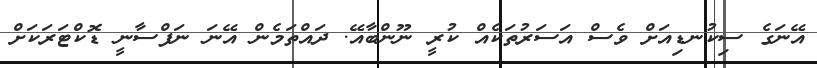
އޭނަގެ ސިކުނޑިއަށް ވެސް އަސަރުތަކެއް ކުރީ ނޫންބާއޭ. ދައްތަމެން އޭނަ ނަފްސާނީ ޑޮކްޓަރަކަށް